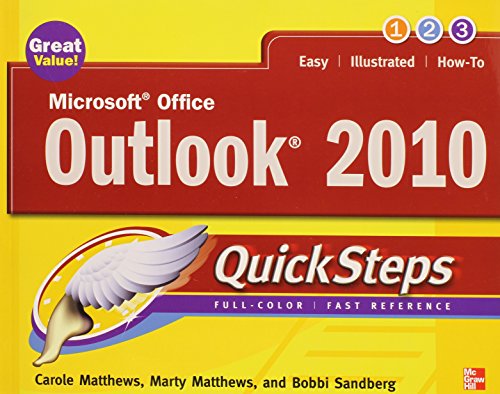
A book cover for Microsoft Office Outlook 2010 QuickSteps; Carole Matthews; Computers & Technology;